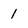
Character: 1